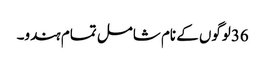
36لوگوں کے نام شامل تمام ہندو۔